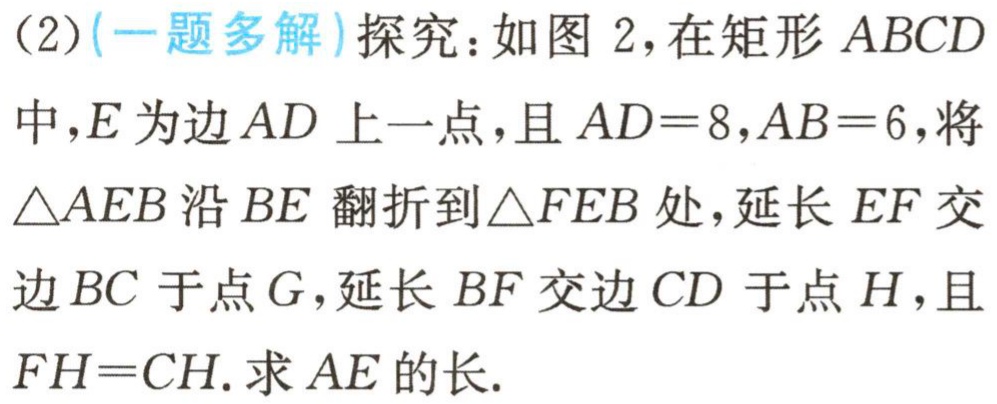
(2)(一题多解)探究：如图 2，在矩形 \(ABCD\) 中，\(E\) 为边 \(AD\) 上一点，且 \(AD = 8\)，\(AB = 6\)，将 \(\triangle AEB\) 沿 \(BE\) 翻折到 \(\triangle FEB\) 处，延长 \(EF\) 交边 \(BC\) 于点 \(G\)，延长 \(BF\) 交边 \(CD\) 于点 \(H\)，且 \(FH = CH\). 求 \(AE\) 的长.